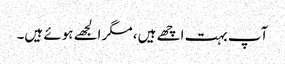
آپ بہت اچھے ہیں، مگر الجھے ہوئے ہیں۔